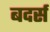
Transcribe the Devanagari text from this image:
बदर्स